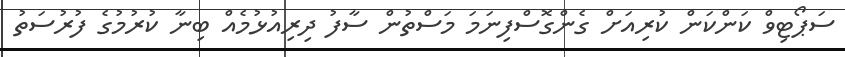
ސަޕޯޓިވް ކަންކަން ކުރިއަށް ގެންގޮސްފިނަމަ މަސްތުން ސާފު ދިރިއުޅުމެއް ބިނާ ކުރުމުގެ ފުރުސަތު